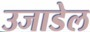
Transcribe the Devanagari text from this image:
उजाडेल